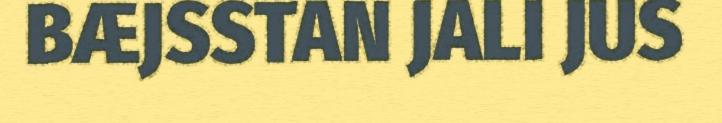
BÆJSSTAN JALI JUS